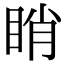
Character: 睄